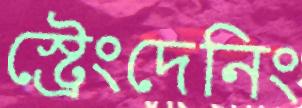
স্ট্রেংদেনিং